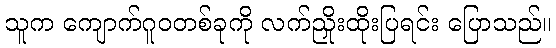
သူက ကျောက်ဂူဝတစ်ခုကို လက်ညှိုးထိုးပြရင်း ပြောသည်။